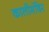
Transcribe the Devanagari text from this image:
कालीमंदिर